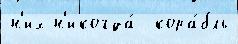
н'их н'икогда́  кора́бль